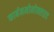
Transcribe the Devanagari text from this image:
कार्बनमोनोक्साइड